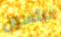
نيلسون